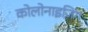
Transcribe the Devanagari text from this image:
कोलोनाइज़िग